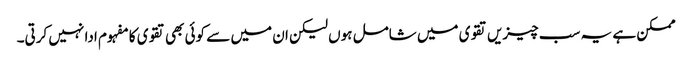
ممکن ہے یہ سب چیزیں تقوی میں شامل ہوں لیکن ان میں سے کوئی بھی تقوی کا مفہوم ادا نہیں کرتی۔